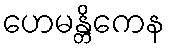
ဟေမန္တိကေန